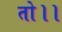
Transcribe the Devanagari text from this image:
तो।।